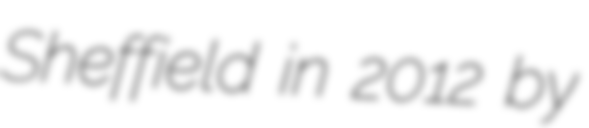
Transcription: Sheffield in 2012 by